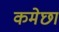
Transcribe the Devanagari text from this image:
कमेछा